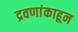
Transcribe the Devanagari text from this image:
द्रवणांकाहून